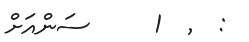
: